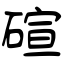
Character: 碹